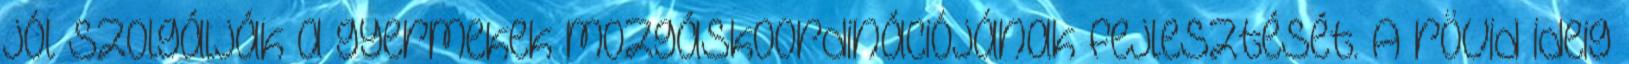
jól szolgálják a gyermekek mozgáskoordinációjának fejlesztését. A rövid ideig